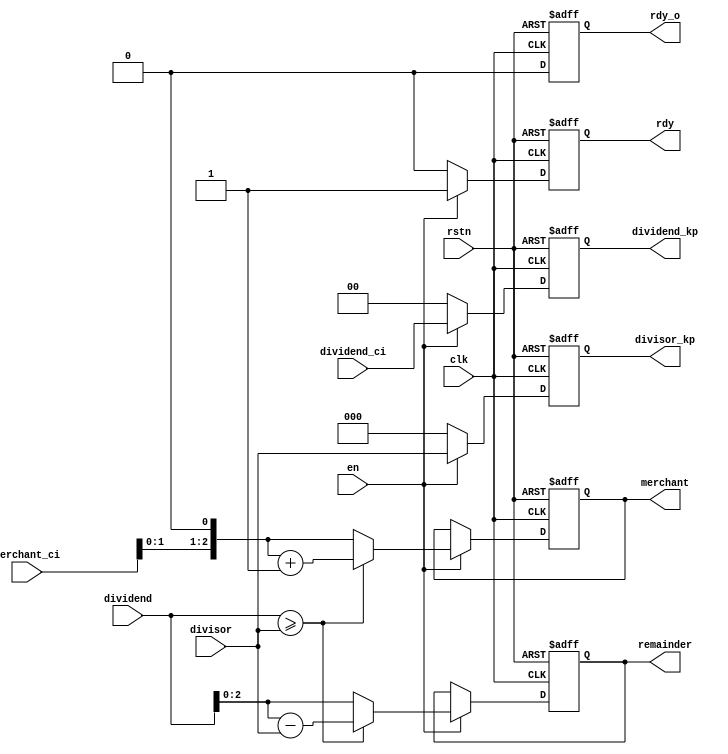
`timescale 1ns / 1ps
module    divider_cell
    #(parameter N=5,
      parameter M=3,
      parameter O=20)
    (
      input                     clk,
      input                     rstn,
      input                     en,

      input [M:0]               dividend,
      input [M-1:0]             divisor,
      input [N-M:0]             merchant_ci , //
      input [N-M-1:0]           dividend_ci , //

      output reg [N-M-1:0]      dividend_kp,  //
      output reg [M-1:0]        divisor_kp,   //
      output reg                rdy ,
      output reg                rdy_o,
      output reg [N-M:0]        merchant ,  //
      output reg [M-1:0]        remainder   //
    );

    always @(posedge clk or negedge rstn) begin
        if (!rstn) begin
            rdy            <= 'b0 ;
            rdy_o            <= 1'b0 ;
            merchant       <= 'b0 ;
            remainder      <= 'b0 ;
            divisor_kp     <= 'b0 ;
            dividend_kp    <= 'b0 ;
        end
        else if (en) begin
            rdy            <= 1'b1 ;
            rdy_o            <= divisor== O;
            divisor_kp     <= divisor ;  //
            dividend_kp    <= dividend_ci ;  //
            if (dividend >= {1'b0, divisor}) begin
                merchant    <= (merchant_ci<<1) + 1'b1 ; //1
                remainder   <= dividend - {1'b0, divisor} ; //
            end
            else begin
                merchant    <= merchant_ci<<1 ;  //0
                remainder   <= dividend ;        //
            end
        end // if (en)
        else begin
            rdy            <= 'b0 ;
            rdy_o            <= 1'b0 ;
//            merchant       <= 'b0 ;
//            remainder      <= 'b0 ;
            divisor_kp     <= 'b0 ;
            dividend_kp    <= 'b0 ;
        end
    end

endmodule